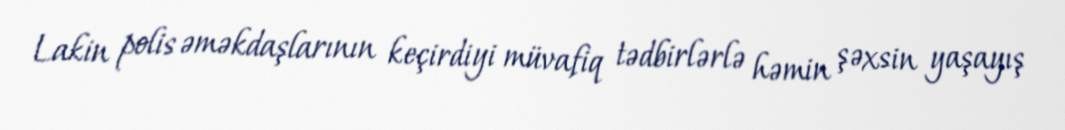
Lakin polis əməkdaşlarının keçirdiyi müvafiq tədbirlərlə həmin şəxsin yaşayış